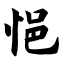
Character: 悒